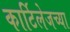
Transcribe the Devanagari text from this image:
कार्टिलेजच्या